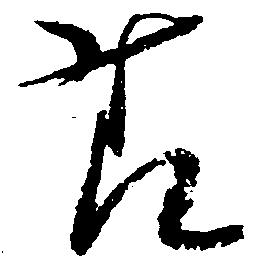
様